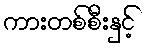
ကားတစ်စီးနှင့်